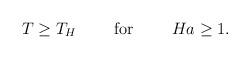
LaTeX: \begin{align*}T\geq T_H\ \ \ \ \ \ \ {\rm for}\ \ \ \ \ \ \ Ha\geq 1.\end{align*}